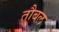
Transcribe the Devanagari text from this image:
तौबल